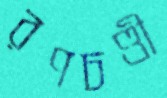
রণচণ্ডী